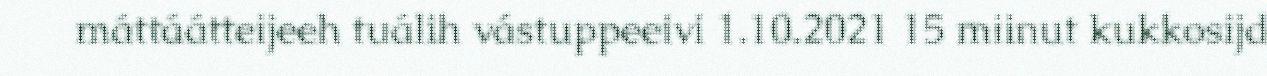
máttáátteijeeh tuálih vástuppeeivi 1.10.2021 15 miinut kukkosijd